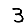
Digit: 3